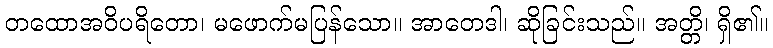
တထောအဝိပရိတော၊ မဖောက်မပြန်သော။ အာတေဒါ၊ ဆိုခြင်းသည်။ အတ္တိ၊ ရှိ၏။